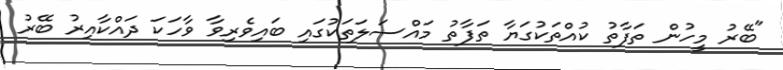
"ބޭރު މީހުން ތަފާތު ކުއްތަކުގަޔާ ތަފާތު މައްސަލަތަކުގައި ބައިވެރިވާ ވާހަކަ ދައްކާއިރު ބޭރު